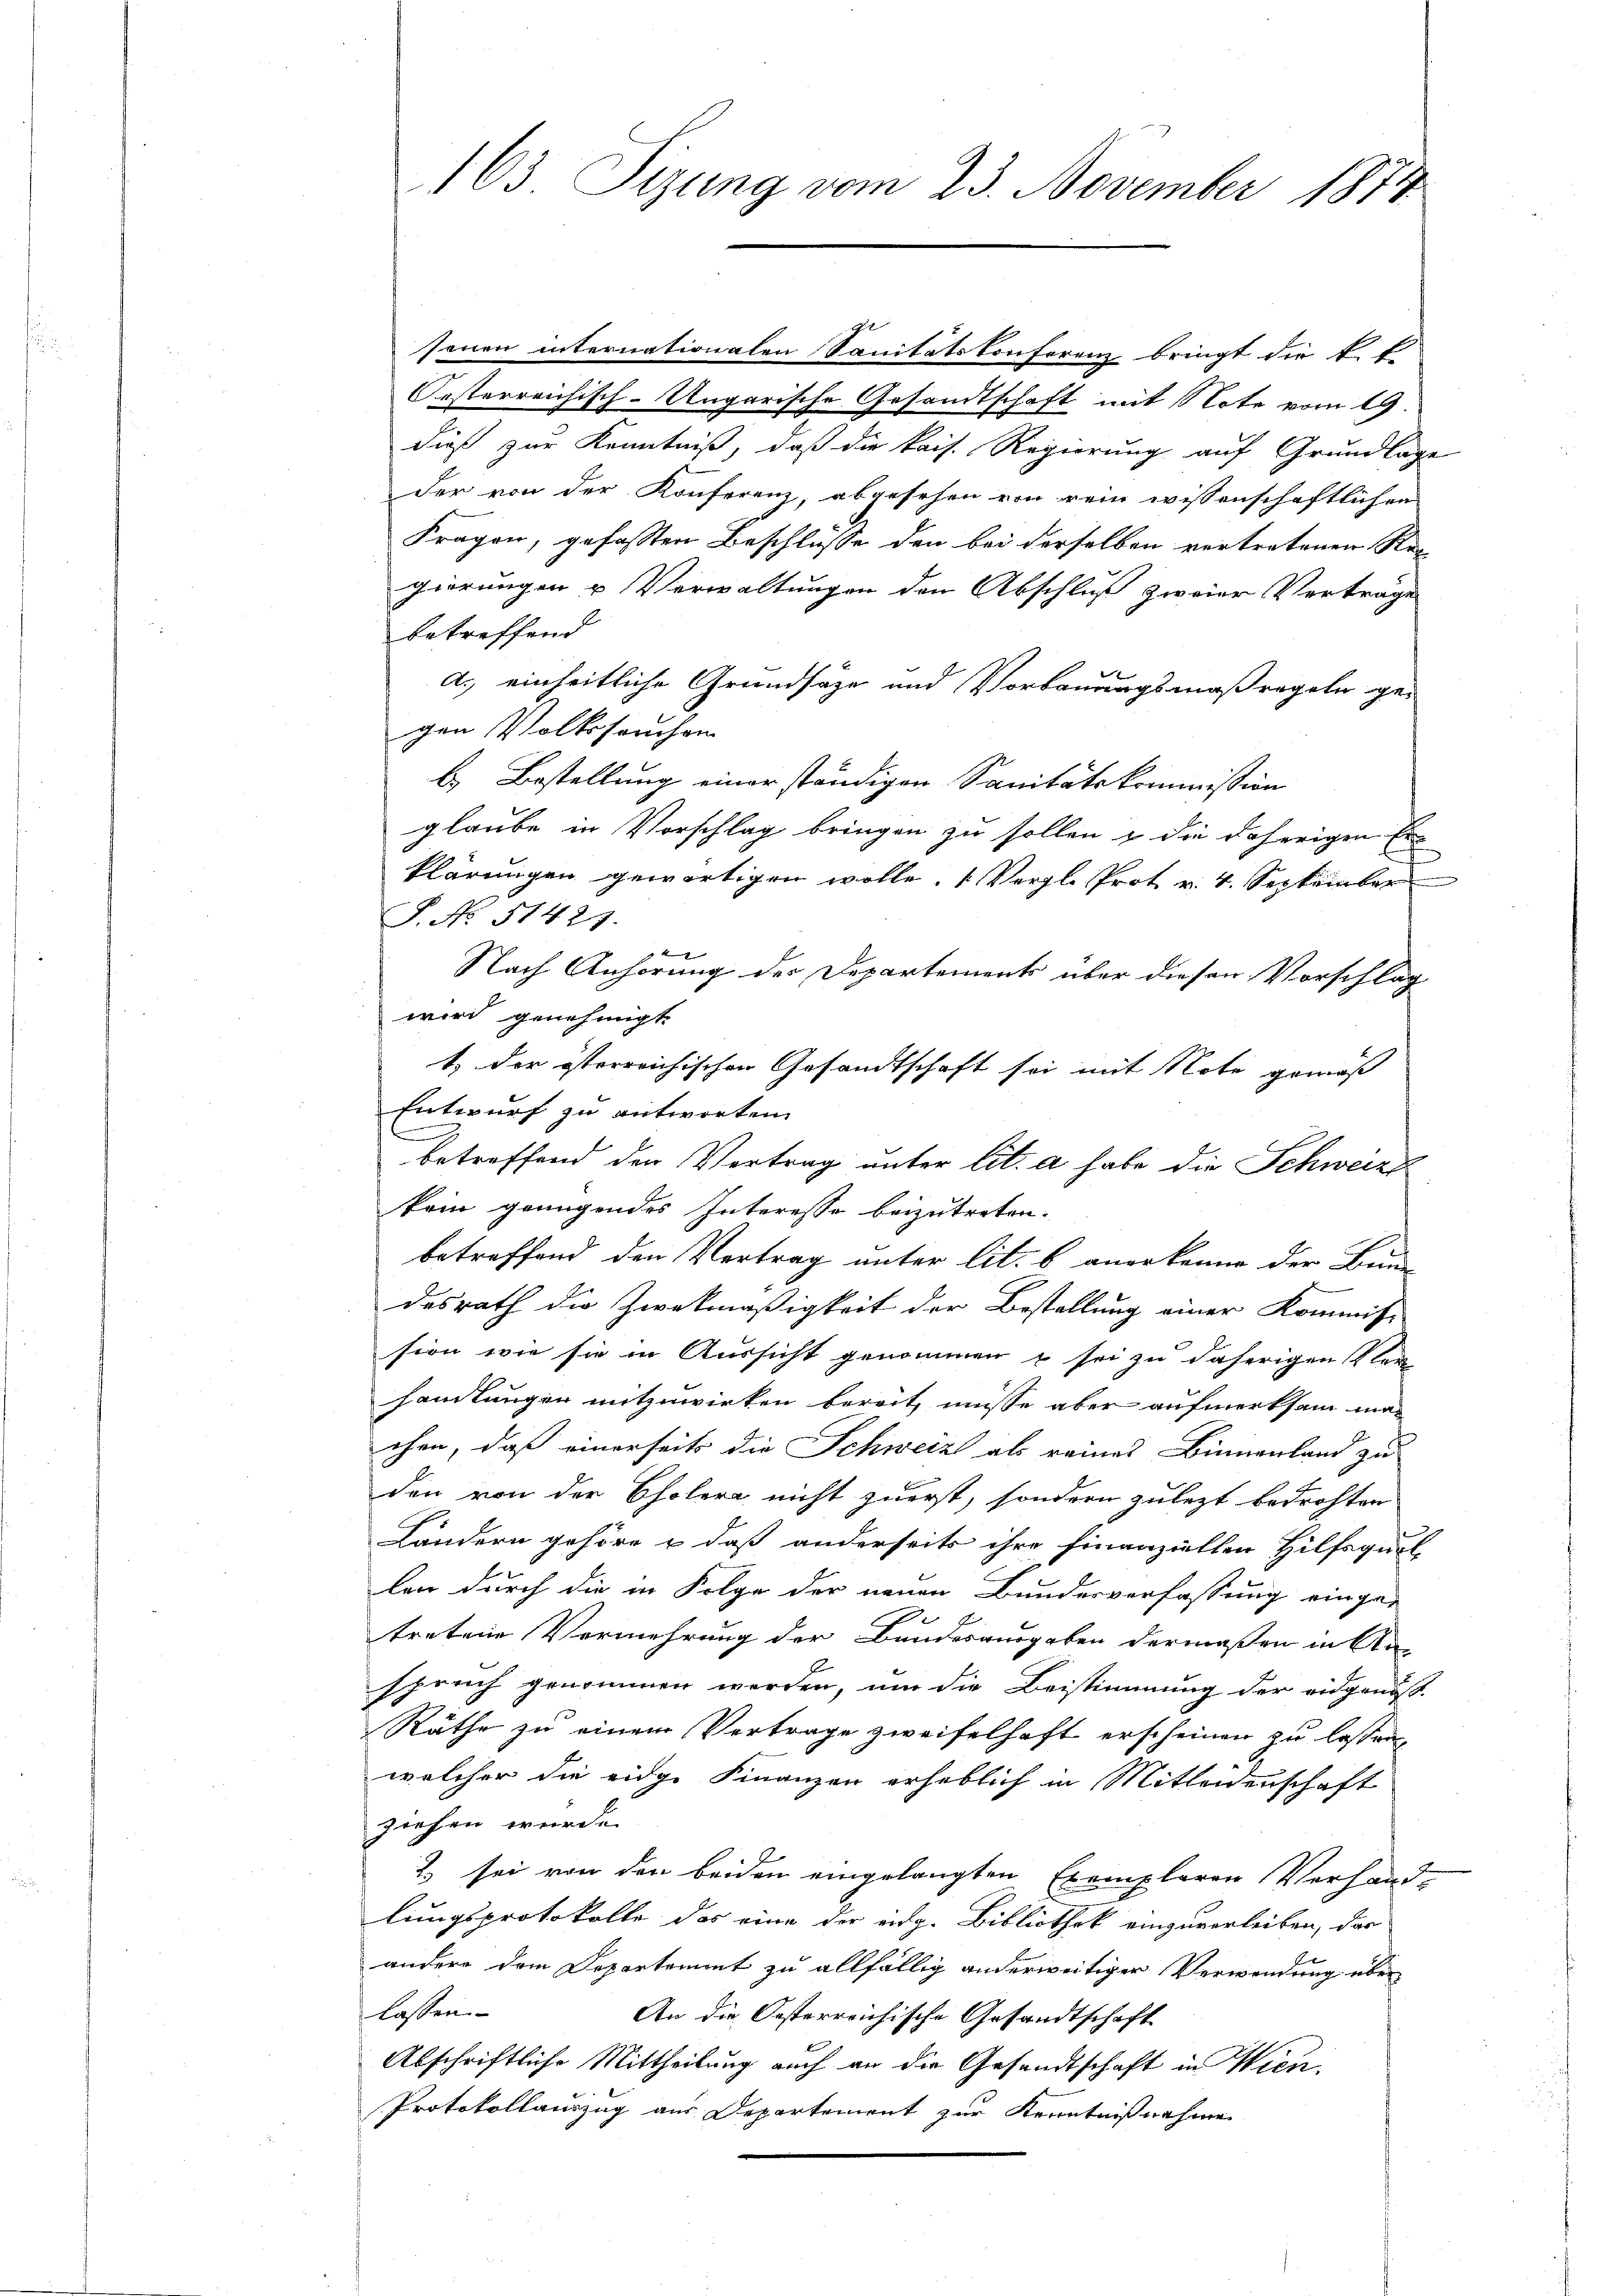
163. Tizung vom 23. November 1874

senen internationalen Sanitätskonferenz bringt die k. E
Orsterreichisch-Ungarische Gesandtschaft mit Note vom 19.
dieß zur Kenntniß, daß die kais. Regierung auf Grundlage
der von der Konferenz, abgesehen von rein wissenschaftlichen
Fragen, gefassten Beschlüsse den bei derselben vertretenen Re-
gierungen u Verwaltungen den Abschluß zweier Vertrage
betreffend
a.) einheitliche Grundsaze und Vorbauungsmaßregeln ge-
gen Volkssouchon
b.) Bestellung einer ständigen Sanitätskommission
glaube in Vorschlag bringen zu sollen & die daherigen Erklärungen gewärtigen wolle. (Vergl. Prot. v. 4. September
P No 51427.
Nach Anhörung der Departements über diesen Vorschlag
wird genehmigt.
t) der österreichischen Gesandtschaft sei mit Note gemäß
Entwurf zu antworten.
betreffend den Vertrag unter lit. a habe die Schweize
kein genügendes Interesse beizutreten.
betreffend den Vertrag unter lit. b. anerkenne der Bun-
desrath die Zweckmäßigkeit der Bestellung einer Kommis-
sion wie sie in Aussicht genommen & sei zu daherigen Kler
samlungen mitzuwirken bereit, müsse aber aufmerksam ma-
ehen, daß einerseits die Schweiz als reines Binnenland zu
den von der Cholera nicht zuerst, sondern zulezt bedrohten
Ländern gehöre & daß anderseits ihre finanziellen Hilfsquel-
len durch die in Folge der neuen Bundesverfassung einger
tretene Vermehrung der Bundesausgaben dermaßen in An-
spruch genommen werden, um die Beistimmung der eidgenös-
Räthe zu einem Vertrage zweifelhaft erscheinen zu lassen.
welcher die eidge Finanzen erheblich in Mitleidenschaft
ziehen wurde.
2. sei von den beiden eingelangten Exemplaren Verhand-
lungsprotokolle das eine der eidg. Bibliothek einzuverleiben, das
andere dem Departement zu allfällig anderweitiger Verwendung über
lassen.
An die Oesterreichische Gesandtschaft
b
Abschriftliche Mittheilung auch an die Gesandtschaft in Wien
Protokollauszug aus Departement zur Kenntnißnahme